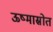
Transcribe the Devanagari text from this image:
ऊष्मास्रोत